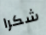
شكرا